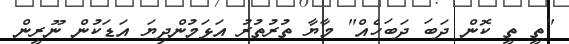
"ތީ ތީ ކޮން ދަބަ ދަބަހެއް" މާޔާ ތުރުތުރު އަޅަމުންދިޔަ އަޑަކުން ނޫރީން